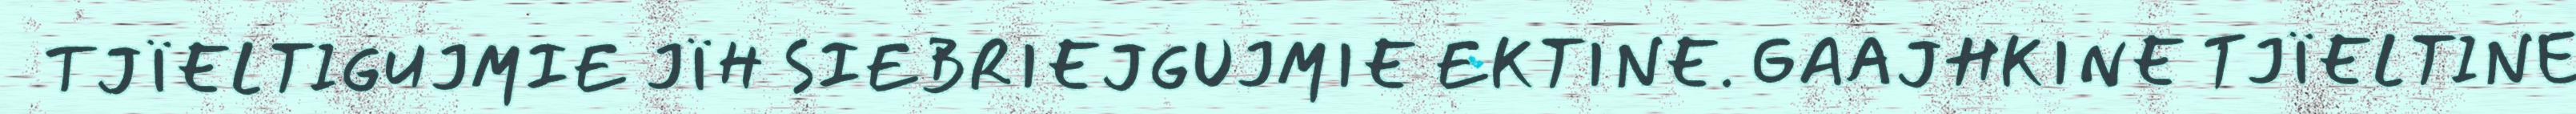
TJÏELTIGUJMIE JÏH SIEBRIEJGUJMIE EKTINE. GAAJHKINE TJÏELTINE